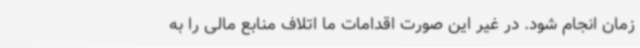
زمان انجام شود. در غیر این صورت اقدامات ما اتلاف منابع مالی را به